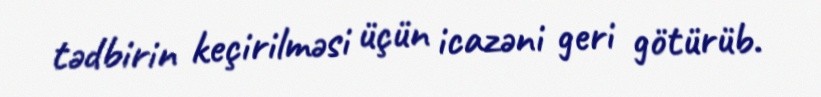
tədbirin keçirilməsi üçün icazəni geri götürüb.